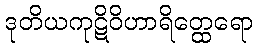
ဒုတိယကုဋိဝိဟာရိတ္ထေရော